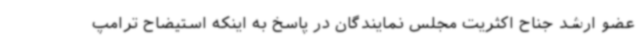
عضو ارشد جناح اکثریت مجلس نمایندگان در پاسخ به اینکه استیضاح ترامپ